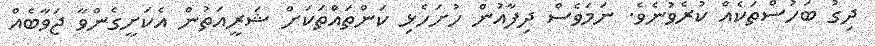
ދިގު ބަހުސްތަކެއް ކުރެވުނެވެ. ނަމަވެސް ދިފާއުން ހުށަހެޅި ކަންތައްތަކަށް ޝަރީއަތުން އެކަށީގެންވާ ޖަވާބެއް